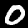
Label: 0